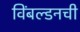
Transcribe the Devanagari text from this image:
विंबल्डनची